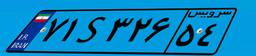
۷۱S۳۲۶۵۴